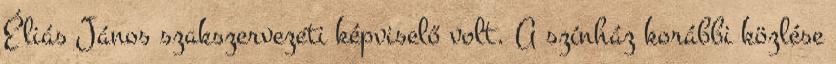
Éliás János szakszervezeti képviselő volt. A színház korábbi közlése